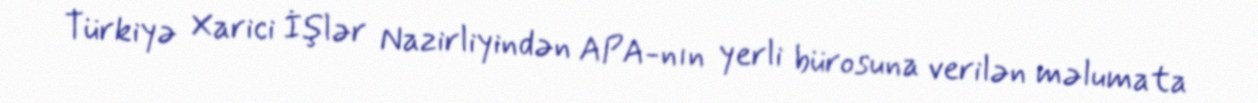
Türkiyə Xarici İşlər Nazirliyindən APA-nın yerli bürosuna verilən məlumata